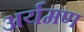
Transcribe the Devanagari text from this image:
अर्यमण